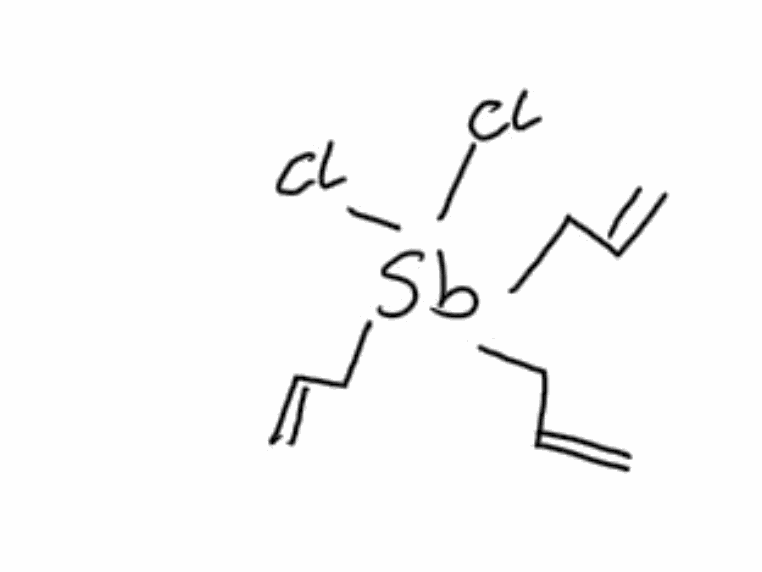
Simplified molecular-input line-entry system (SMILES) notation of the given molecule:
C=CC[Sb](CC=C)(CC=C)(Cl)Cl